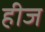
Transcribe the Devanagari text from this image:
हीज